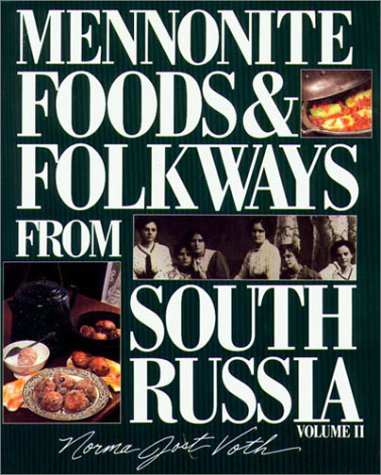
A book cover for Mennonite Foods & Folkways from South Russia, Vol. 2; Norma Jost Voth; Christian Books & Bibles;